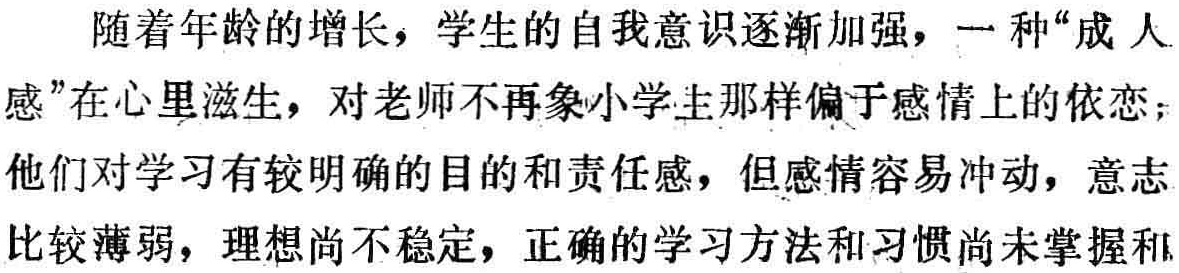
随着年龄的增长，学生的自我意识逐渐加强，一种“成人

感”在心里滋生，对老师不再象小学主那样偏于感情上的依恋；

他们对学习有较明确的目的和责任感，但感情容易冲动，意志

比较薄弱，理想尚不稳定，正确的学习方法和习惯尚未掌握和